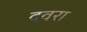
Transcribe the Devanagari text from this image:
दवरा